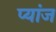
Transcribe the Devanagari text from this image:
प्यांज